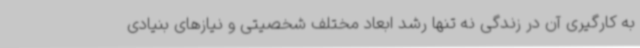
به کارگیری آن در زندگی نه تنها رشد ابعاد مختلف شخصیتی و نیازهای بنیادی